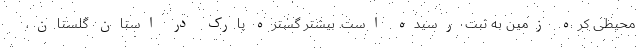
محیطی کره زمین به ثبت رسیده است. بیشتر گستره پارک در استان گلستان،